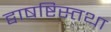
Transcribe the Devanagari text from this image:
द्वाषष्टिस्तथा